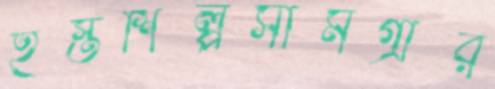
হস্তশিল্পসামগ্রীর